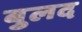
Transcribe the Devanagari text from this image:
बुलद